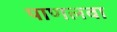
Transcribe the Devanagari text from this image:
पाणलवा